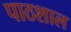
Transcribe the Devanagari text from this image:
पाठशाल